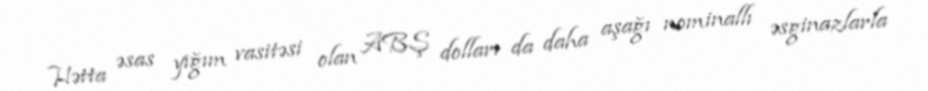
Hətta əsas yığım vasitəsi olan ABŞ dolları da daha aşağı nominallı əsginazlarla